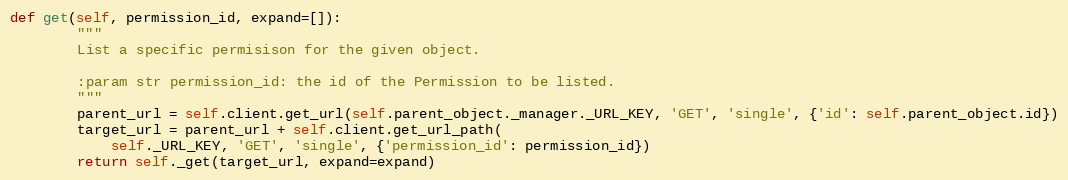
Language: Python
def get(self, permission_id, expand=[]):
        """
        List a specific permisison for the given object.

        :param str permission_id: the id of the Permission to be listed.
        """
        parent_url = self.client.get_url(self.parent_object._manager._URL_KEY, 'GET', 'single', {'id': self.parent_object.id})
        target_url = parent_url + self.client.get_url_path(
            self._URL_KEY, 'GET', 'single', {'permission_id': permission_id})
        return self._get(target_url, expand=expand)